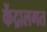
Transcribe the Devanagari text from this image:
केंद्रालगत